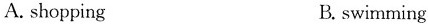
A.shopping B.swimming